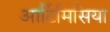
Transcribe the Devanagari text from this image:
आर्टिमिसिया